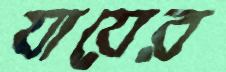
যায়ের